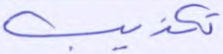
تكذيب